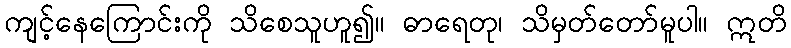
ကျင့်နေကြောင်းကို သိစေသူဟူ၍။ ဓာရေတု၊ သိမှတ်တော်မူပါ။ ဣတိ